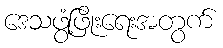
ဒေသဖွံ့ဖြိုးရေးအတွက်